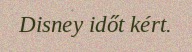
Disney időt kért.